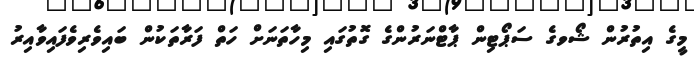
މީގެ އިތުރުން ޝޯވގެ ސަޕޯޓިން ޕާޓްނަރުންގެ ގޮތުގައި މިހާތަނަށް ހަތް ފަރާތަކުން ބައިވެރިވެފައިވާއިރު